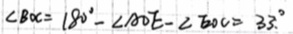
\angle B O C = 1 8 0 ^ { \circ } - \angle A O E - \angle E O C = 3 3 ^ { \circ }